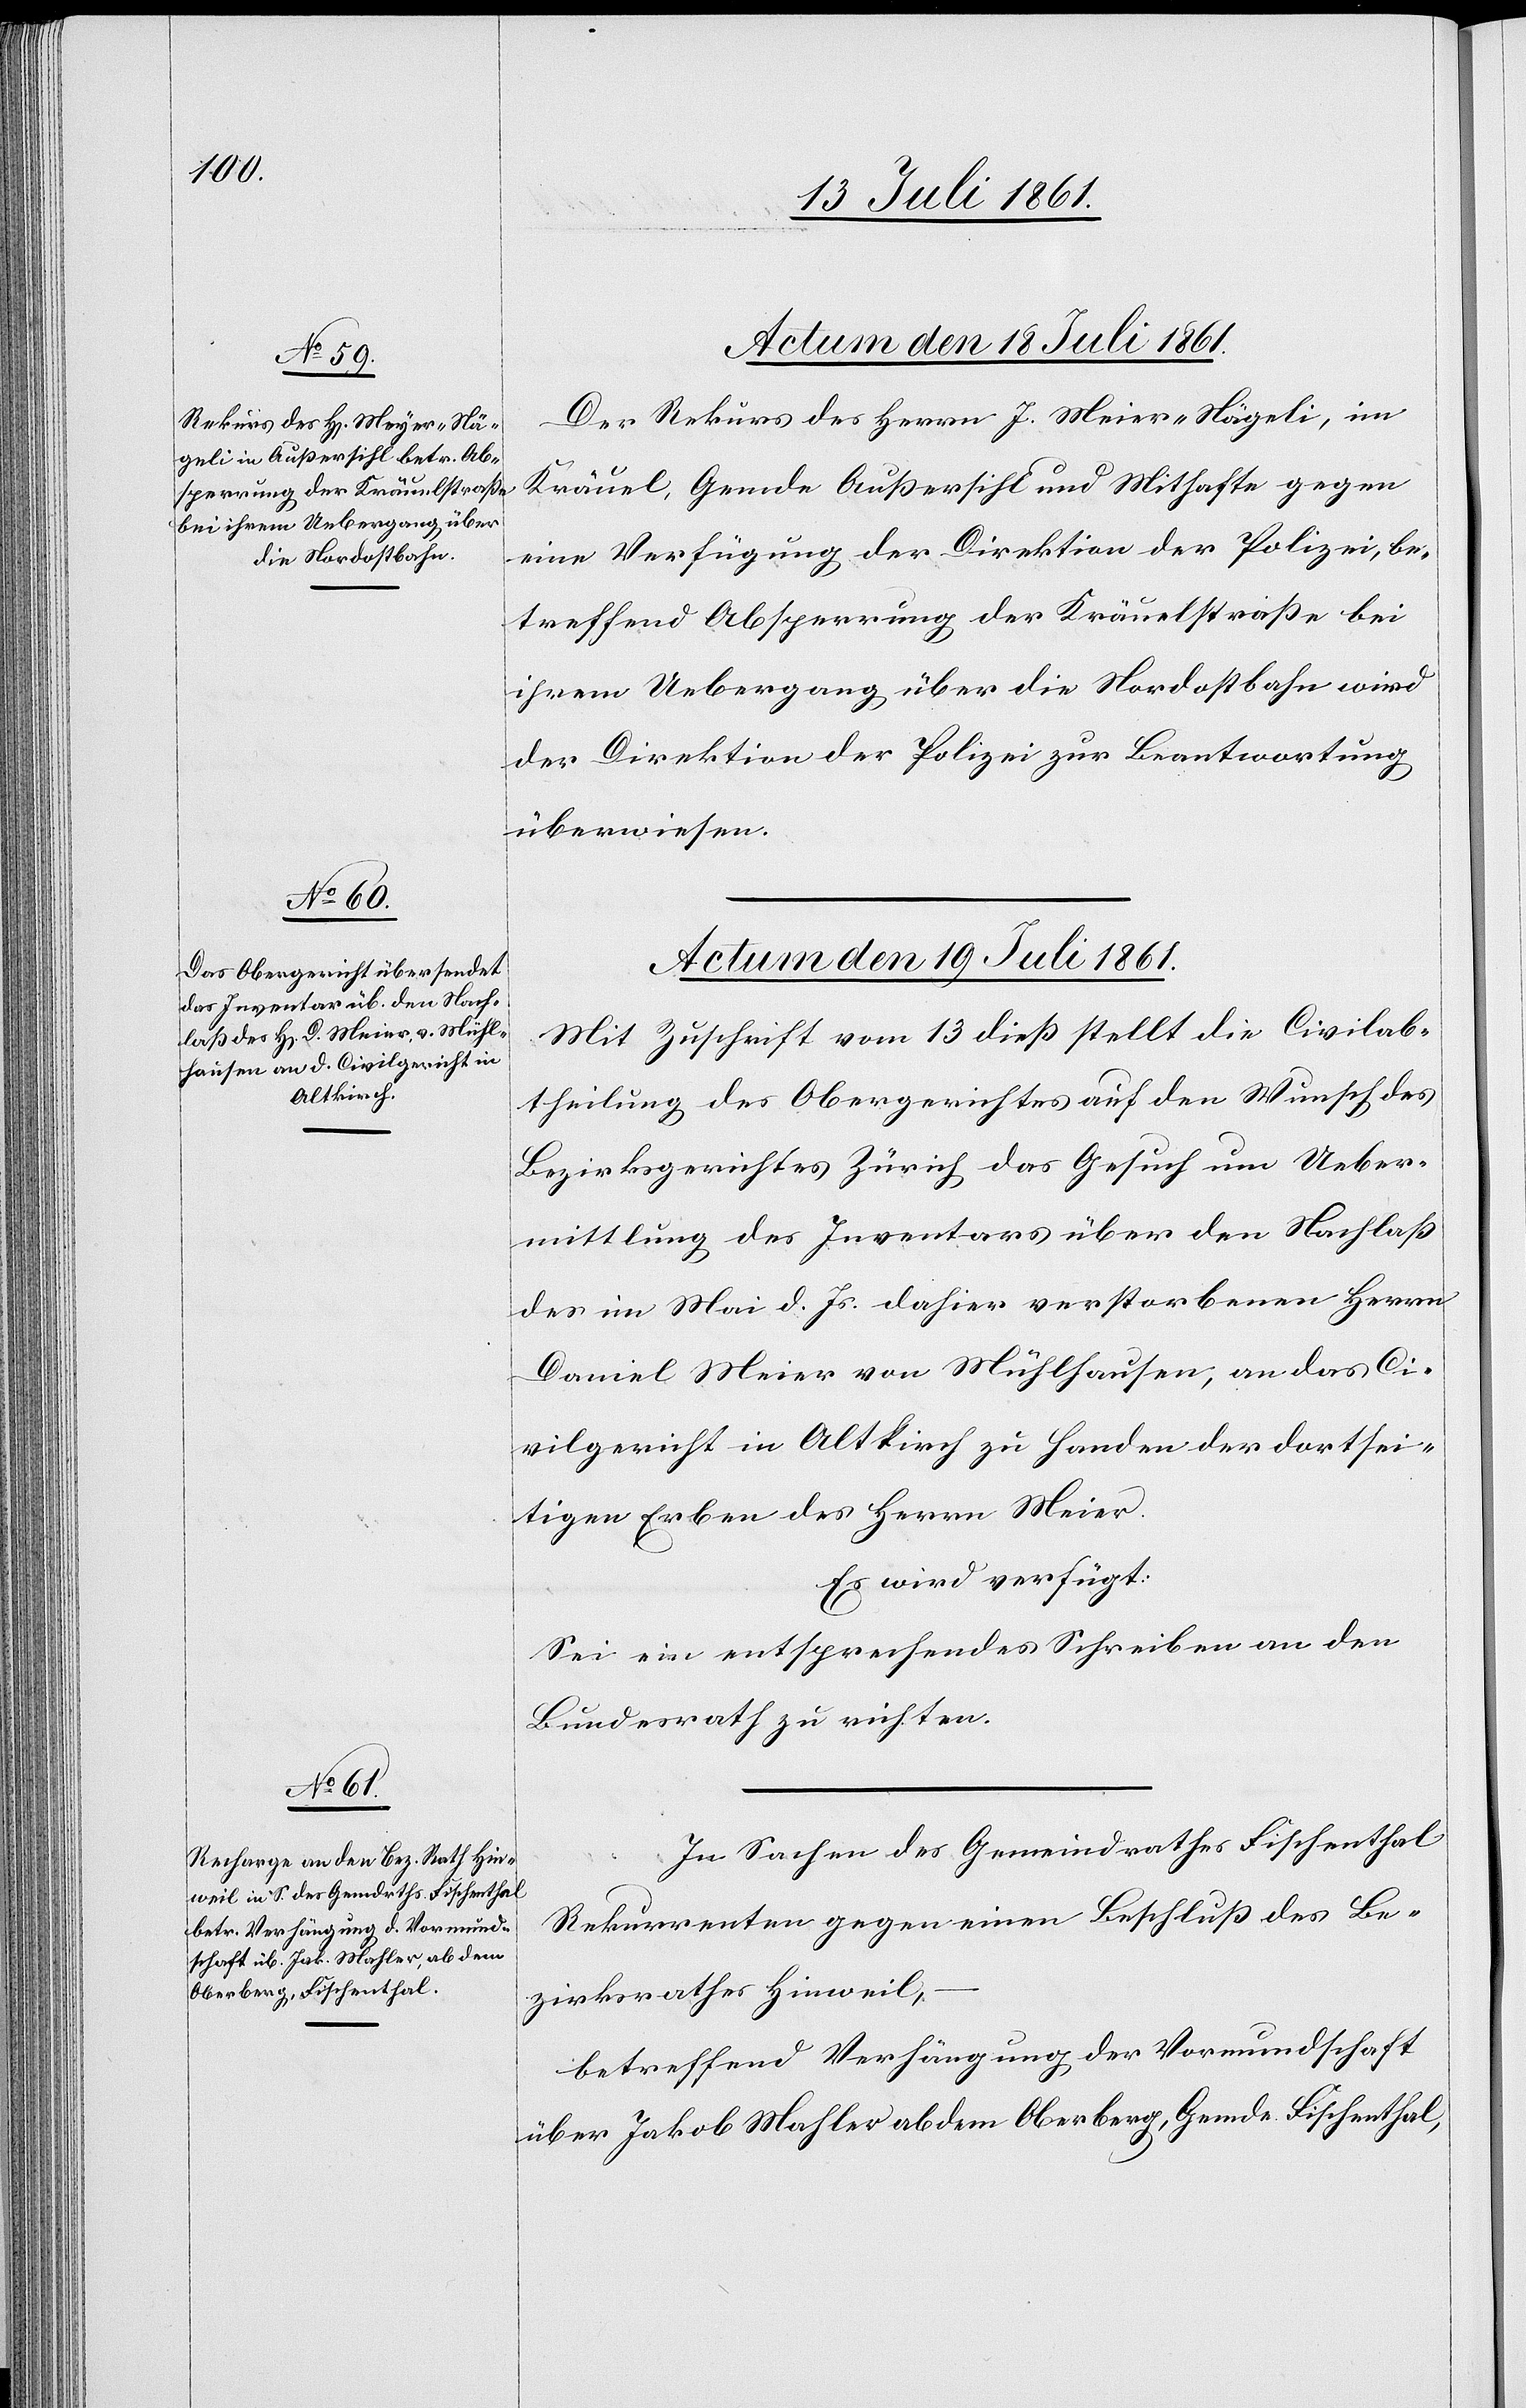
Actum den 19 Juli 1861.]
Der Rekurs des Herrn J. Meier-Nägeli [sic!], im
Kräuel, Gemde Außersihl und Mithafte gegen
eine Verfügung der Direktion der Polizei, be¬
treffend Absperrung der Kräuelstraße bei
ihrem Uebergang über die Nordostbahn wird
der Direktion der Polizei zur Beantwortung
überwiesen.
Mit Zuschrift vom 13 dieß stellt die Civilab¬
theilung des Obergerichtes auf den Wunsch des
Bezirksgerichtes Zürich das Gesuch um Ueber¬
mittlung des Inventars über den Nachlaß
des im Mai d. Js. dahier verstorbenen Herrn
Daniel Meier von Mühlhausen, an das Ci¬
vilgericht in Altkirch zu Handen der dortsei¬
tigen Erben des Herrn Meier.
Es wird verfügt:
Sei ein entsprechendes Schreiben an den
Bundesrath zu richten.
In Sachen des Gemeindrathes Fischenthal
Rekurrenten gegen einen Beschluß des Be¬
zirksrathes Hinweil,
betreffend Verhängung der Vormundschaft
über Jakob Mahler ab dem Oberberg, Gemde Fischenthal,